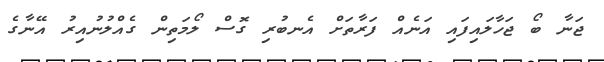
ޖަނާ ބޯ ޖަހާލައިފައި އަނެއް ފަރާތަށް އެނބުރި ގޮސް ލޯމަތިން ގެއްލުނުއިރު އޭނާގެ